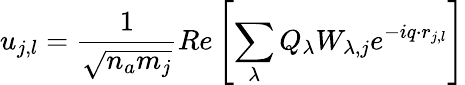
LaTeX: u_{j,l}=\frac{1}{\sqrt{n_{a}m_{j}}}Re\left[\sum_{\lambda}Q_{\lambda}W_{\lambda,j}e^{-iq\cdot r_{j,l}}\right]